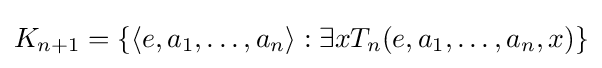
K_{n+1}=\{\langle e,a_{1},\ldots ,a_{n}\rangle :\exists xT_{n}(e,a_{1},\ldots ,a_{n},x)\}